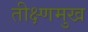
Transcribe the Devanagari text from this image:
तीक्ष्णमुख